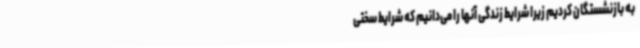
به بازنشستگان کردیم زیرا شرایط زندگی آنها را می‌دانیم که شرایط سختی